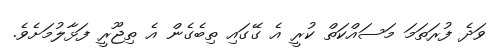
ވަދެ ފުރަތަމަ މަސައްކަތް ކުރީ އެ ގޭގައި ތިބެގެން އެ ތިޖޫރީ ފަޅާލުމަށެވެ.